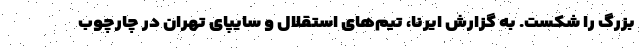
بزرگ را شکست. به گزارش ایرنا، تیم‌های استقلال و سایپای تهران در چارچوب